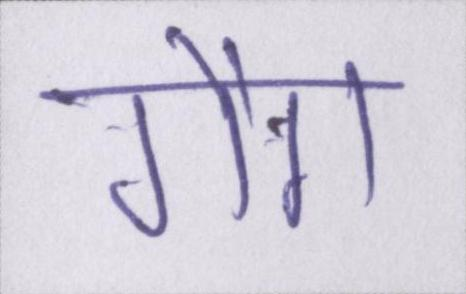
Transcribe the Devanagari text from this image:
गैंग